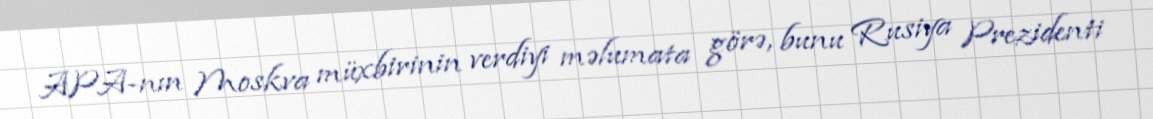
APA-nın Moskva müxbirinin verdiyi məlumata görə, bunu Rusiya Prezidenti